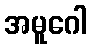
အမူဂေါ